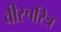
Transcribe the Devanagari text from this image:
वीरचरित्र